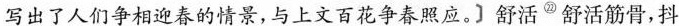
写出了人们争相迎春的情景,与上文曾花争春照应。] 舒活^{㉒}舒活筋骨,抖